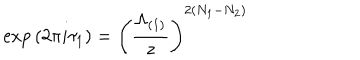
LaTeX: \mathrm { e x p } \left( 2 \pi i \tau _ { 1 } \right) = \left( \frac { \Lambda _ { ( 1 ) } } { z } \right) ^ { 2 ( N _ { 1 } - N _ { 2 } ) }